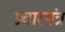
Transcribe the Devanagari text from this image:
प्रचारयंत्र